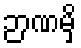
ဉာဏမှိ